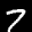
Label: 7